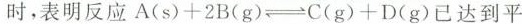
时，表明反应A(s)+2B(g)\rightleftharp